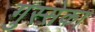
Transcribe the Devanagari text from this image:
गुस्सेका